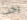
يجب